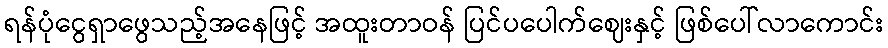
ရန်ပုံငွေရှာဖွေသည့်အနေဖြင့် အထူးတာဝန် ပြင်ပပေါက်ဈေးနှင့် ဖြစ်ပေါ်လာကောင်း